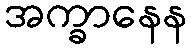
အက္ခာနေန